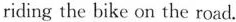
riding the bike on the road.